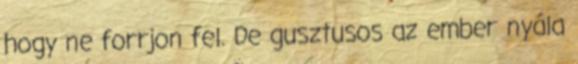
hogy ne forrjon fel. De gusztusos az ember nyála